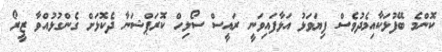
ކޮންމެ ބޭފުޅަކާއިމެދުވެސް ފިޔަވަޅު އަޅާފައިވަނީ ރައީސް ސޯލިހް ކޮރަޕްޝަނާ ދެކޮޅަށް ގެންގުޅުއްވާ ޒީރޯ